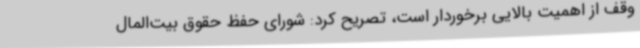
وقف از اهمیت بالایی برخوردار است، تصریح کرد: شورای حفظ حقوق بیت‌المال